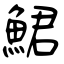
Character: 鮶